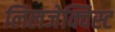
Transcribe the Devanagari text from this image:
लिलजेक्विस्ट